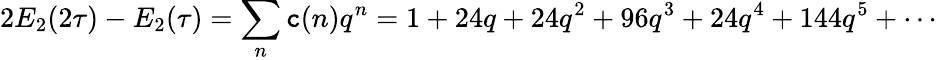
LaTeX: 2E_{2}(2\tau)-E_{2}(\tau)=\sum_{n}\mathtt{c}(n)q^{n}=1+24q+24q^{2}+96q^{3}+24q^{4}+144q^{5}+\cdots